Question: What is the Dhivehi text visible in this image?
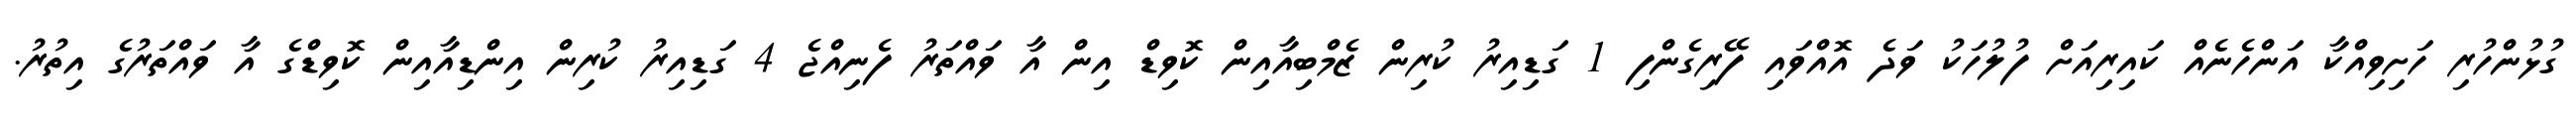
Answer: ގުޅުންހުރި ހަށިވިއްކާ އަންހެނެއް ކައިރިއަށް ފުލުހަކު ވަދެ އޮއްވައި ފޭރިގެންފި 1 ގަޑިއިރު ކުރިން ޒެމްބިއާއިން ކޮވިޑް އިން އާ ވައްތަރު ފެނިއްޖެ 4 ގަޑިއިރު ކުރިން އިންޑިއާއިން ކޮވިޑްގެ އާ ވައްތަރުގެ އިތުރު.